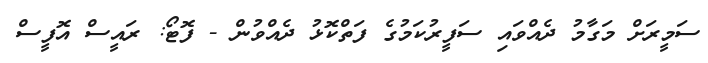
ސަމީރަށް މަގާމު ދެއްވައި ސަފީރުކަމުގެ ފަތްކޮޅު ދެއްވުން - ފޮޓޯ: ރައީސް އޮފީސް